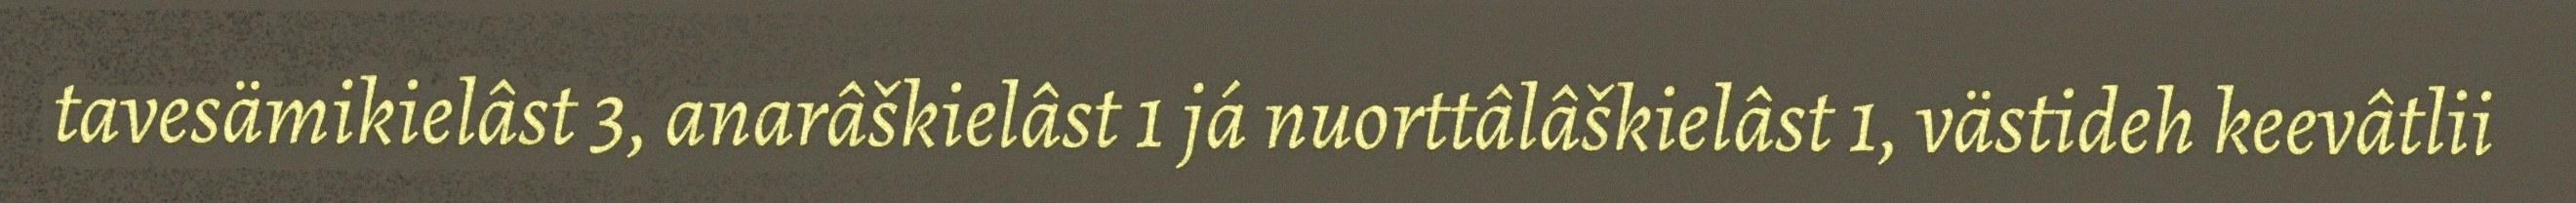
tavesämikielâst 3, anarâškielâst 1 já nuorttâlâškielâst 1, västideh keevâtlii